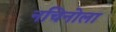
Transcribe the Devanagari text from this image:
नचिनोला